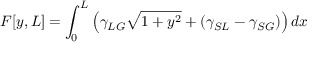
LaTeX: { \cal { F } } [ y , L ] = \int _ { 0 } ^ { L } \left( \gamma _ { L G } { \sqrt { 1 + y ^ { 2 } } } + ( \gamma _ { S L } - \gamma _ { S G } ) \right) d x